Annual administration and progress report of the Indian Medical Department, Bombay
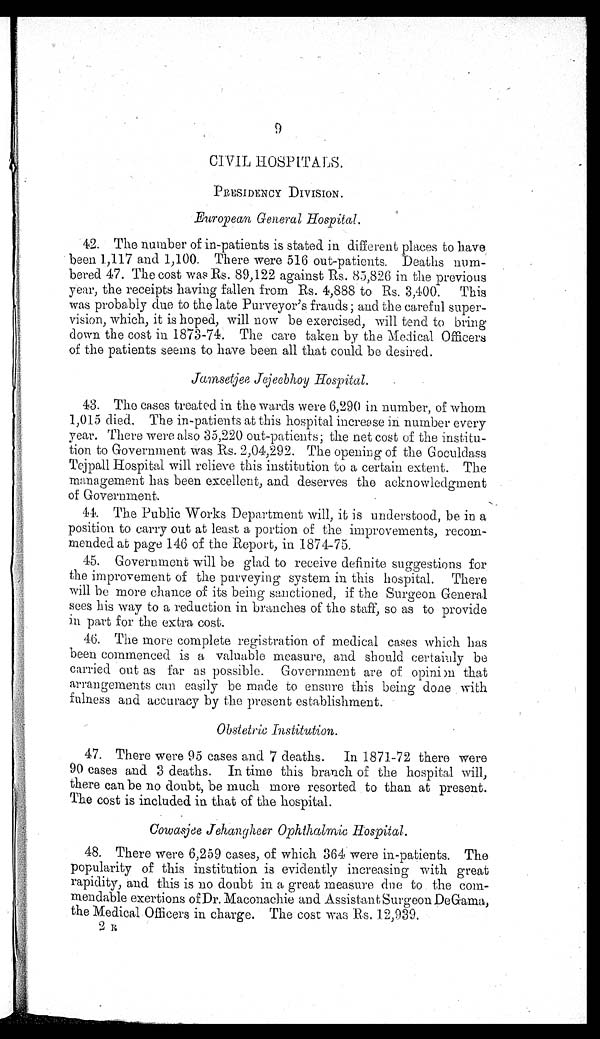
9
CIVIL HOSPITALS.
PRESIDENCY DIVISION.
European General Hospital.
42. The number of in-patients is stated in different places to have
been 1,117 and 1,100. There were 516 out-patients. Deaths num
-bered 47. The cost was Rs. 89,122 against Rs. 85,826 in the previous
year, the receipts having fallen from Rs. 4,888 to Rs. 3,400. This
was probably due to the late Purveyor's frauds; and the careful super
-vision, which, it is hoped, will now be exercised, will tend to bring
down the cost in 1873-74. The care taken by the Medical Officers
of the patients seems to have been all that could be desired.
Jamsetjee Jejeebhoy Hospital.
43. The cases treated in the wards were 6,290 in number, of whom
1,015 died. The in-patients at this hospital increase in number every
year. There were also 35,220 out-patients; the net cost of the institu
-tion to Government was Rs. 2,04,292. The opening of the Goculdass
Tejpall Hospital will relieve this institution to a certain extent. The
management has been excellent, and deserves the acknowledgment
of Government.
44. The Public Works Department will, it is understood, be in a
position to carry out at least a portion of the improvements, recom
-mended at page 146 of the Report, in 1874-75.
45. Government will be glad to receive definite suggestions for
the improvement of the purveying system in this hospital. There
will be more chance of its being sanctioned, if the Surgeon General
sees his way to a reduction in branches of the staff, so as to provide
in part for the extra cost.
46. The more complete registration of medical cases which has
been commenced is a valuable measure, and should certainly be
carried out as far as possible. Government are of opinion that
arrangements can easily be made to ensure this being done with
fulness and accuracy by the present establishment.
Obstetric Institution.
47. There were 95 cases and 7 deaths. In 1871-72 there were
90 cases and 3 deaths. In time this branch of the hospital will,
there can be no doubt, be much more resorted to than at present.
The cost is included in that of the hospital.
Cowasjee Jehangheer Ophthalmic Hospital.
4 8 . T h e r e w e r e 6 , 2 5 9 c a s e s , o f w h i c h 3 6 4 w e r e i n - p a t i e n t s . T h e
popularity of this institution is evidently increasing with great
rapidity, and this is no doubt in a great measure due to the com
- m e n d a b l e e x e r t i o n s o f D r . M a c o n a c h i e a n d A s s i s t a n t S u r g e o n D e G a m a ,
the Medical Officers in charge. The cost was Rs. 12,939.
2 R